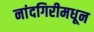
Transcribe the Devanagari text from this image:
नांदगिरीमधून